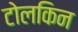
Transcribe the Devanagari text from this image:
टोलकिन